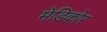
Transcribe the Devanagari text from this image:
मेडिकोर